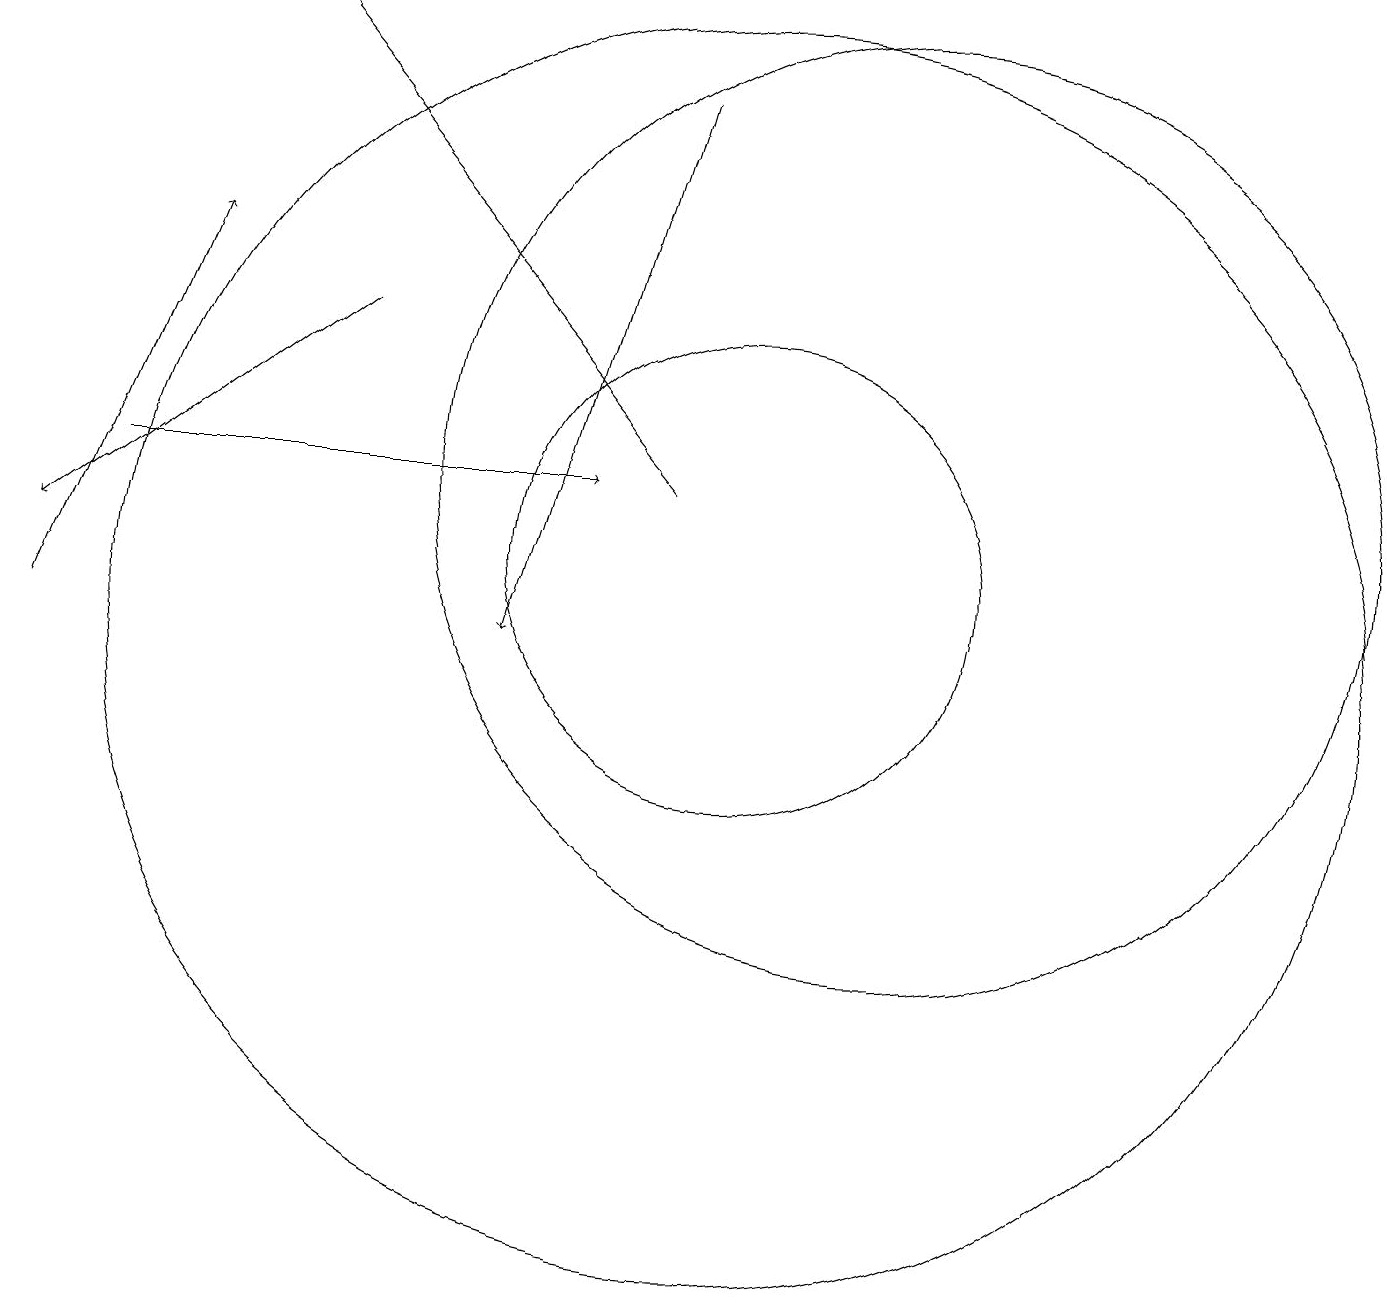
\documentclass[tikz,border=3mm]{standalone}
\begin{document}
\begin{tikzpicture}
\draw[->] (9,12) -- (4,18);
\draw (12,12) circle (6);
\draw (10,10) circle (8);
\draw (10,11) circle (3);
\draw[->] (2,12) -- (8,12);
\draw[->] (5,14) -- (1,11);
\draw[->] (9,17) -- (7,10);
\draw[->] (1,10) -- (3,15);
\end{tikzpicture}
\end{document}